Second report of the anti-malarial operations at Mian Mir, 1901-1903 - Number 9
Year: 1901
Disease focus: Malaria
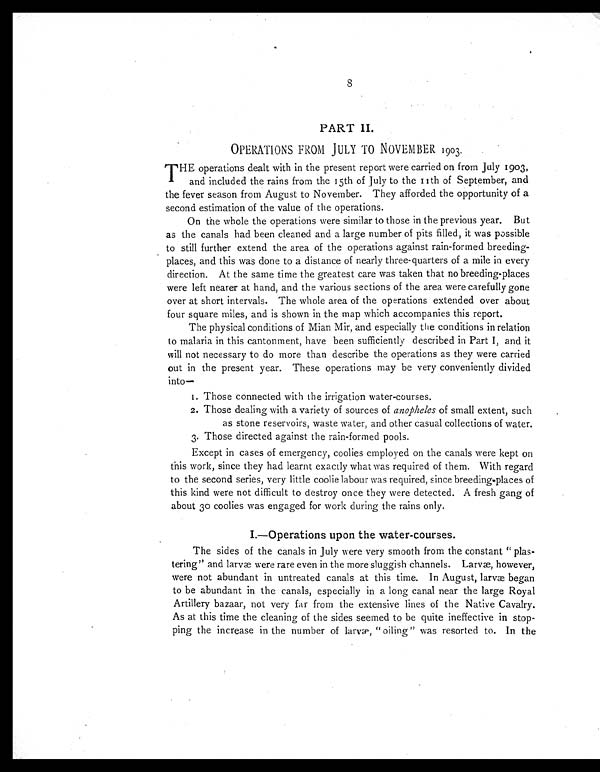
T HE operations dealt with in the present report were carried on from July 1903,
and included the rains from the 15th of July to the 11th of September, and
the fever season from August to November. They afforded the opportunity of a
second estimation of the value of the operations.
On the whole the operations were similar to those in the previous year. But
as the canals had been cleaned and a large number of pits filled, it was possible
to still further extend the area of the operations against rain-formed breeding-
places, and this was done to a distance of nearly three-quarters of a mile in every
direction. At the same time the greatest care was taken that no breeding-places
were left nearer at hand, and the various sections of the area were carefully gone
over at short intervals. The whole area of the operations extended over about
four square miles, and is shown in the map which accompanies this report.
The physical conditions of Mian Mir, and especially the conditions in relation
to malaria in this cantonment, have been sufficiently described in Part I, and it
will not necessary to do more than describe the operations as they were carried
out in the present year. These operations may be very conveniently divided
i n t o —
1. Those connected with the irrigation water-courses.
2.Those dealing with a variety of sources of anopheles of small extent, such
as stone reservoirs, waste water, and other casual collections of water.
3.Those directed against the rain-formed pools.
Except in cases of emergency, coolies employed on the canals were kept on
this work, since they had learnt exactly what was required of them. With regard
to the second series, very little coolie labour was required, since breeding-places of
this kind were not difficult to destroy once they were detected. A fresh gang of
about 30 coolies was engaged for work during the rains only.
I.—Operations upon the water-courses.
The sides of the canals in July were very smooth from the constant " plas-
tering" and larvæ were rare even in the more sluggish channels. Larvæ, however,
were not abundant in untreated canals at this time. In August, larvæ began
to be abundant in the canals, especially in a long canal near the large Royal
Artillery bazaar, not very far from the extensive lines of the Native Cavalry.
As at this time the cleaning of the sides seemed to be quite ineffective in stop-
-ping the increase in the number of larvæ, "oiling" was resorted to. In the
OPERATIONS FROM JULY TO NOVEMBER 1903.
PART II.
8